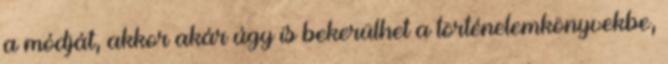
a módját, akkor akár úgy is bekerülhet a történelemkönyvekbe,